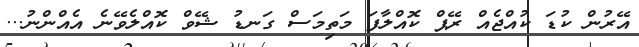
އޭރުން ކުޑަ ކުއްޖެއް ރޭޕް ކޮއްލާފަ މަތިމަސް ގަނޑު ޝޭވް ކޮއްލެވޭނެ އެއްންނު...